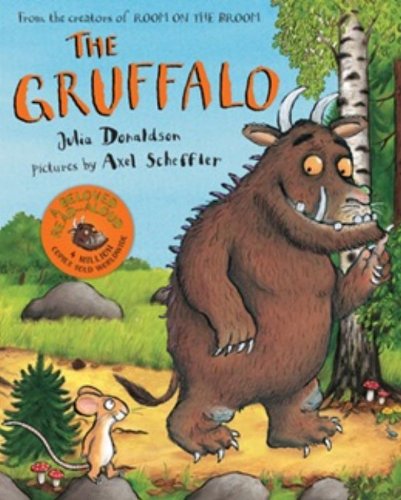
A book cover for The Gruffalo (Picture Books); Julia Donaldson; Children's Books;